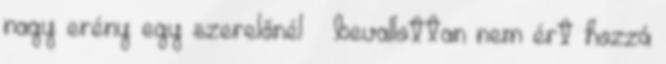
nagy erény egy szerelőnél – bevallottan nem ért hozzá